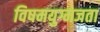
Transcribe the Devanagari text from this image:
विषमयुग्मजता